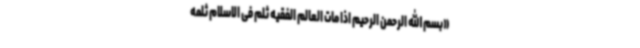
«بسم الله الرحمن الرحیم اذا مات العالم الفقیه ثلم فی الاسلام ثلمه